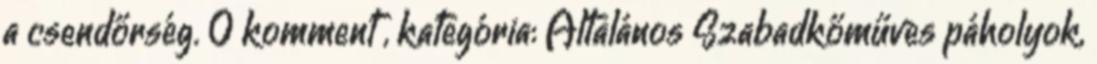
a csendőrség. 0 komment , kategória: Általános Szabadkőműves páholyok,